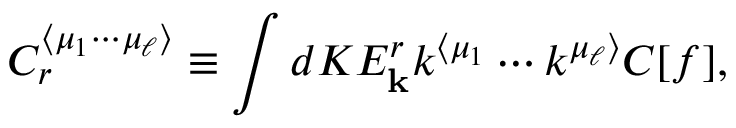
C _ { r } ^ { \langle \mu _ { 1 } \cdots \mu _ { \ell } \rangle } \equiv \int d K E _ { \mathbf { k } } ^ { r } k ^ { \langle \mu _ { 1 } } \cdots k ^ { \mu _ { \ell } \rangle } C [ f ] ,